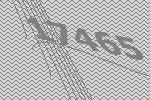
17465